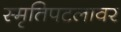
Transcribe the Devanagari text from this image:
स्मृतिपटलावर